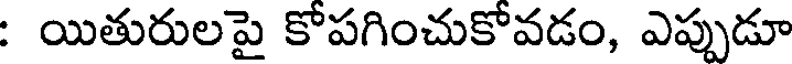
: యితురులపై కోపగించుకోవడం, ఎప్పుడూ